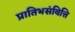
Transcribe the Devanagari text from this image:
प्रातिभसंवित्ति